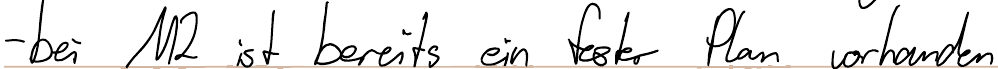
- bei M2 ist bereits ein fester Plan vorhanden